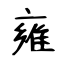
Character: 雍